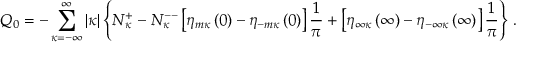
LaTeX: Q _ { 0 } = - \sum _ { \kappa = - \infty } ^ { \infty } \vert \kappa \vert \left\{ N _ { \kappa } ^ { + } - N _ { \kappa } ^ { -- } \left[ \eta _ { m \kappa } \left( 0 \right) - \eta _ { - m \kappa } \left( 0 \right) \right] \frac { 1 } { \pi } + \left[ \eta _ { \infty \kappa } \left( \infty \right) - \eta _ { - \infty \kappa } \left( \infty \right) \right] \frac { 1 } { \pi } \right\} \, .